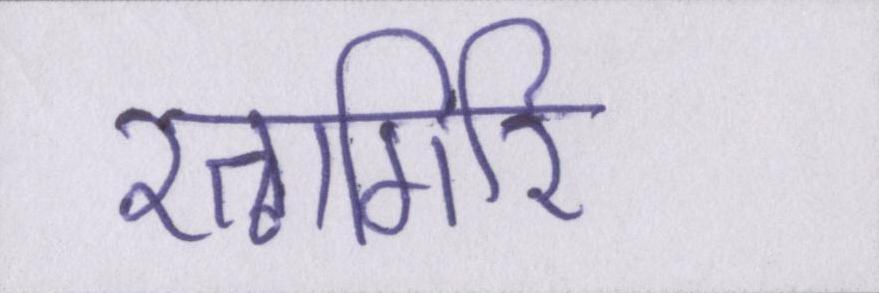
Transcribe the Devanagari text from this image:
रत्नागिरि